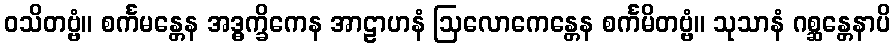
ဝသိတဗ္ဗံ။ စင်္ကမန္တေန အဒ္ဓက္ခိကေန အာဠာဟနံ ဩလောကေန္တေန စင်္ကမိတဗ္ဗံ။ သုသာနံ ဂစ္ဆန္တေနာပိ